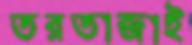
তরতাজাই